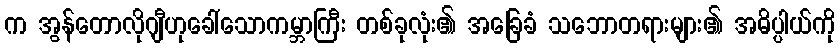
က အွန်တောလိုဂျီဟုခေါ်သောကမ္ဘာကြီး တစ်ခုလုံး၏ အခြေခံ သဘောတရားများ၏ အဓိပ္ပါယ်ကို